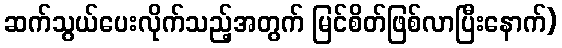
ဆက်သွယ်ပေးလိုက်သည့်အတွက် မြင်စိတ်ဖြစ်လာပြီးနောက်)